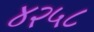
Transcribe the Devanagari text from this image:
४२५८